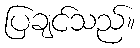
ပြချင်သည်။